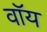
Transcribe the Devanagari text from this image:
वॉय